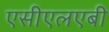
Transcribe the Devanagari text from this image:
एसीएलएबी